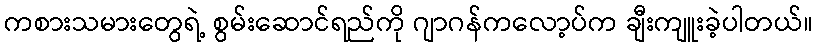
ကစားသမားတွေရဲ့ စွမ်းဆောင်ရည်ကို ဂျာဂန်ကလော့ပ်က ချီးကျူးခဲ့ပါတယ်။